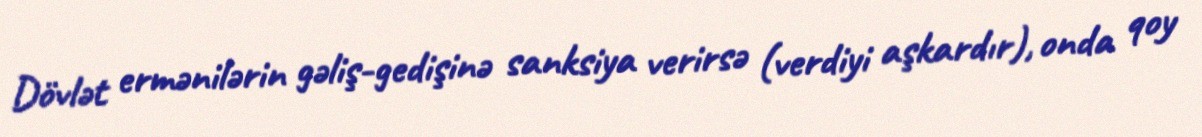
Dövlət ermənilərin gəliş-gedişinə sanksiya verirsə (verdiyi aşkardır), onda qoy